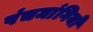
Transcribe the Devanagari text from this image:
पंचमांगियों